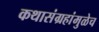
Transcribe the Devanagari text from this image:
कथासंग्रहांमुळेच